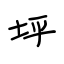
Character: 坪